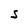
Character: S